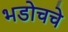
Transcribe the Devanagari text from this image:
भडोचचे